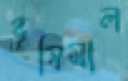
ভুষিমাল